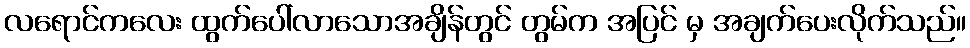
လရောင်ကလေး ထွက်ပေါ်လာသောအချိန်တွင် တွမ်က အပြင် မှ အချက်ပေးလိုက်သည်။